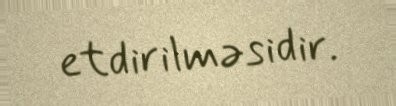
etdirilməsidir.